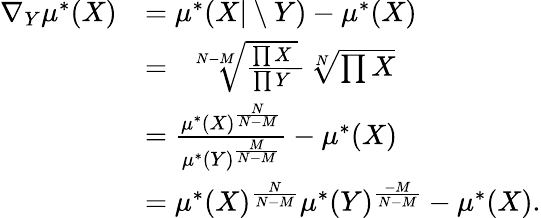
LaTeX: \begin{array}{rl}{\nabla_{Y}\mu^{*}(X)}&{=\mu^{*}(X\vert\setminus Y)-\mu^{*}(X)}\\ &{=\sqrt[N-M]{\frac{\prod X}{\prod Y}}-\sqrt[N]{\prod X}}\\ &{=\frac{\mu^{*}(X)^{\frac{N}{N-M}}}{\mu^{*}(Y)^{\frac{M}{N-M}}}-\mu^{*}(X)}\\ &{=\mu^{*}(X)^{\frac{N}{N-M}}\mu^{*}(Y)^{\frac{-M}{N-M}}-\mu^{*}(X).}\end{array}